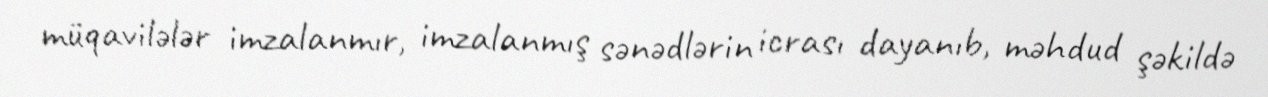
müqavilələr imzalanmır, imzalanmış sənədlərin icrası dayanıb, məhdud şəkildə